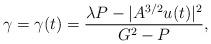
LaTeX: \begin{align*}\gamma=\gamma(t)=\frac{\lambda P-|A^{3/2}u(t)|^2}{G^2-P},\end{align*}